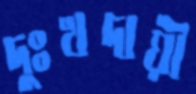
দুঃখদায়ী